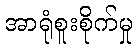
အာရုံစူးစိုက်မှု